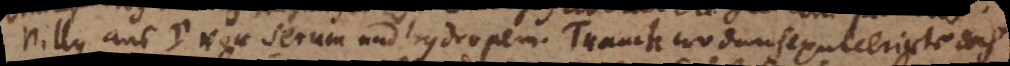
Pillen aus vor serum und hydropem. Tranck wodurch exulcerierte doch